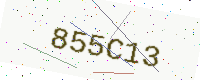
Text: 855C13